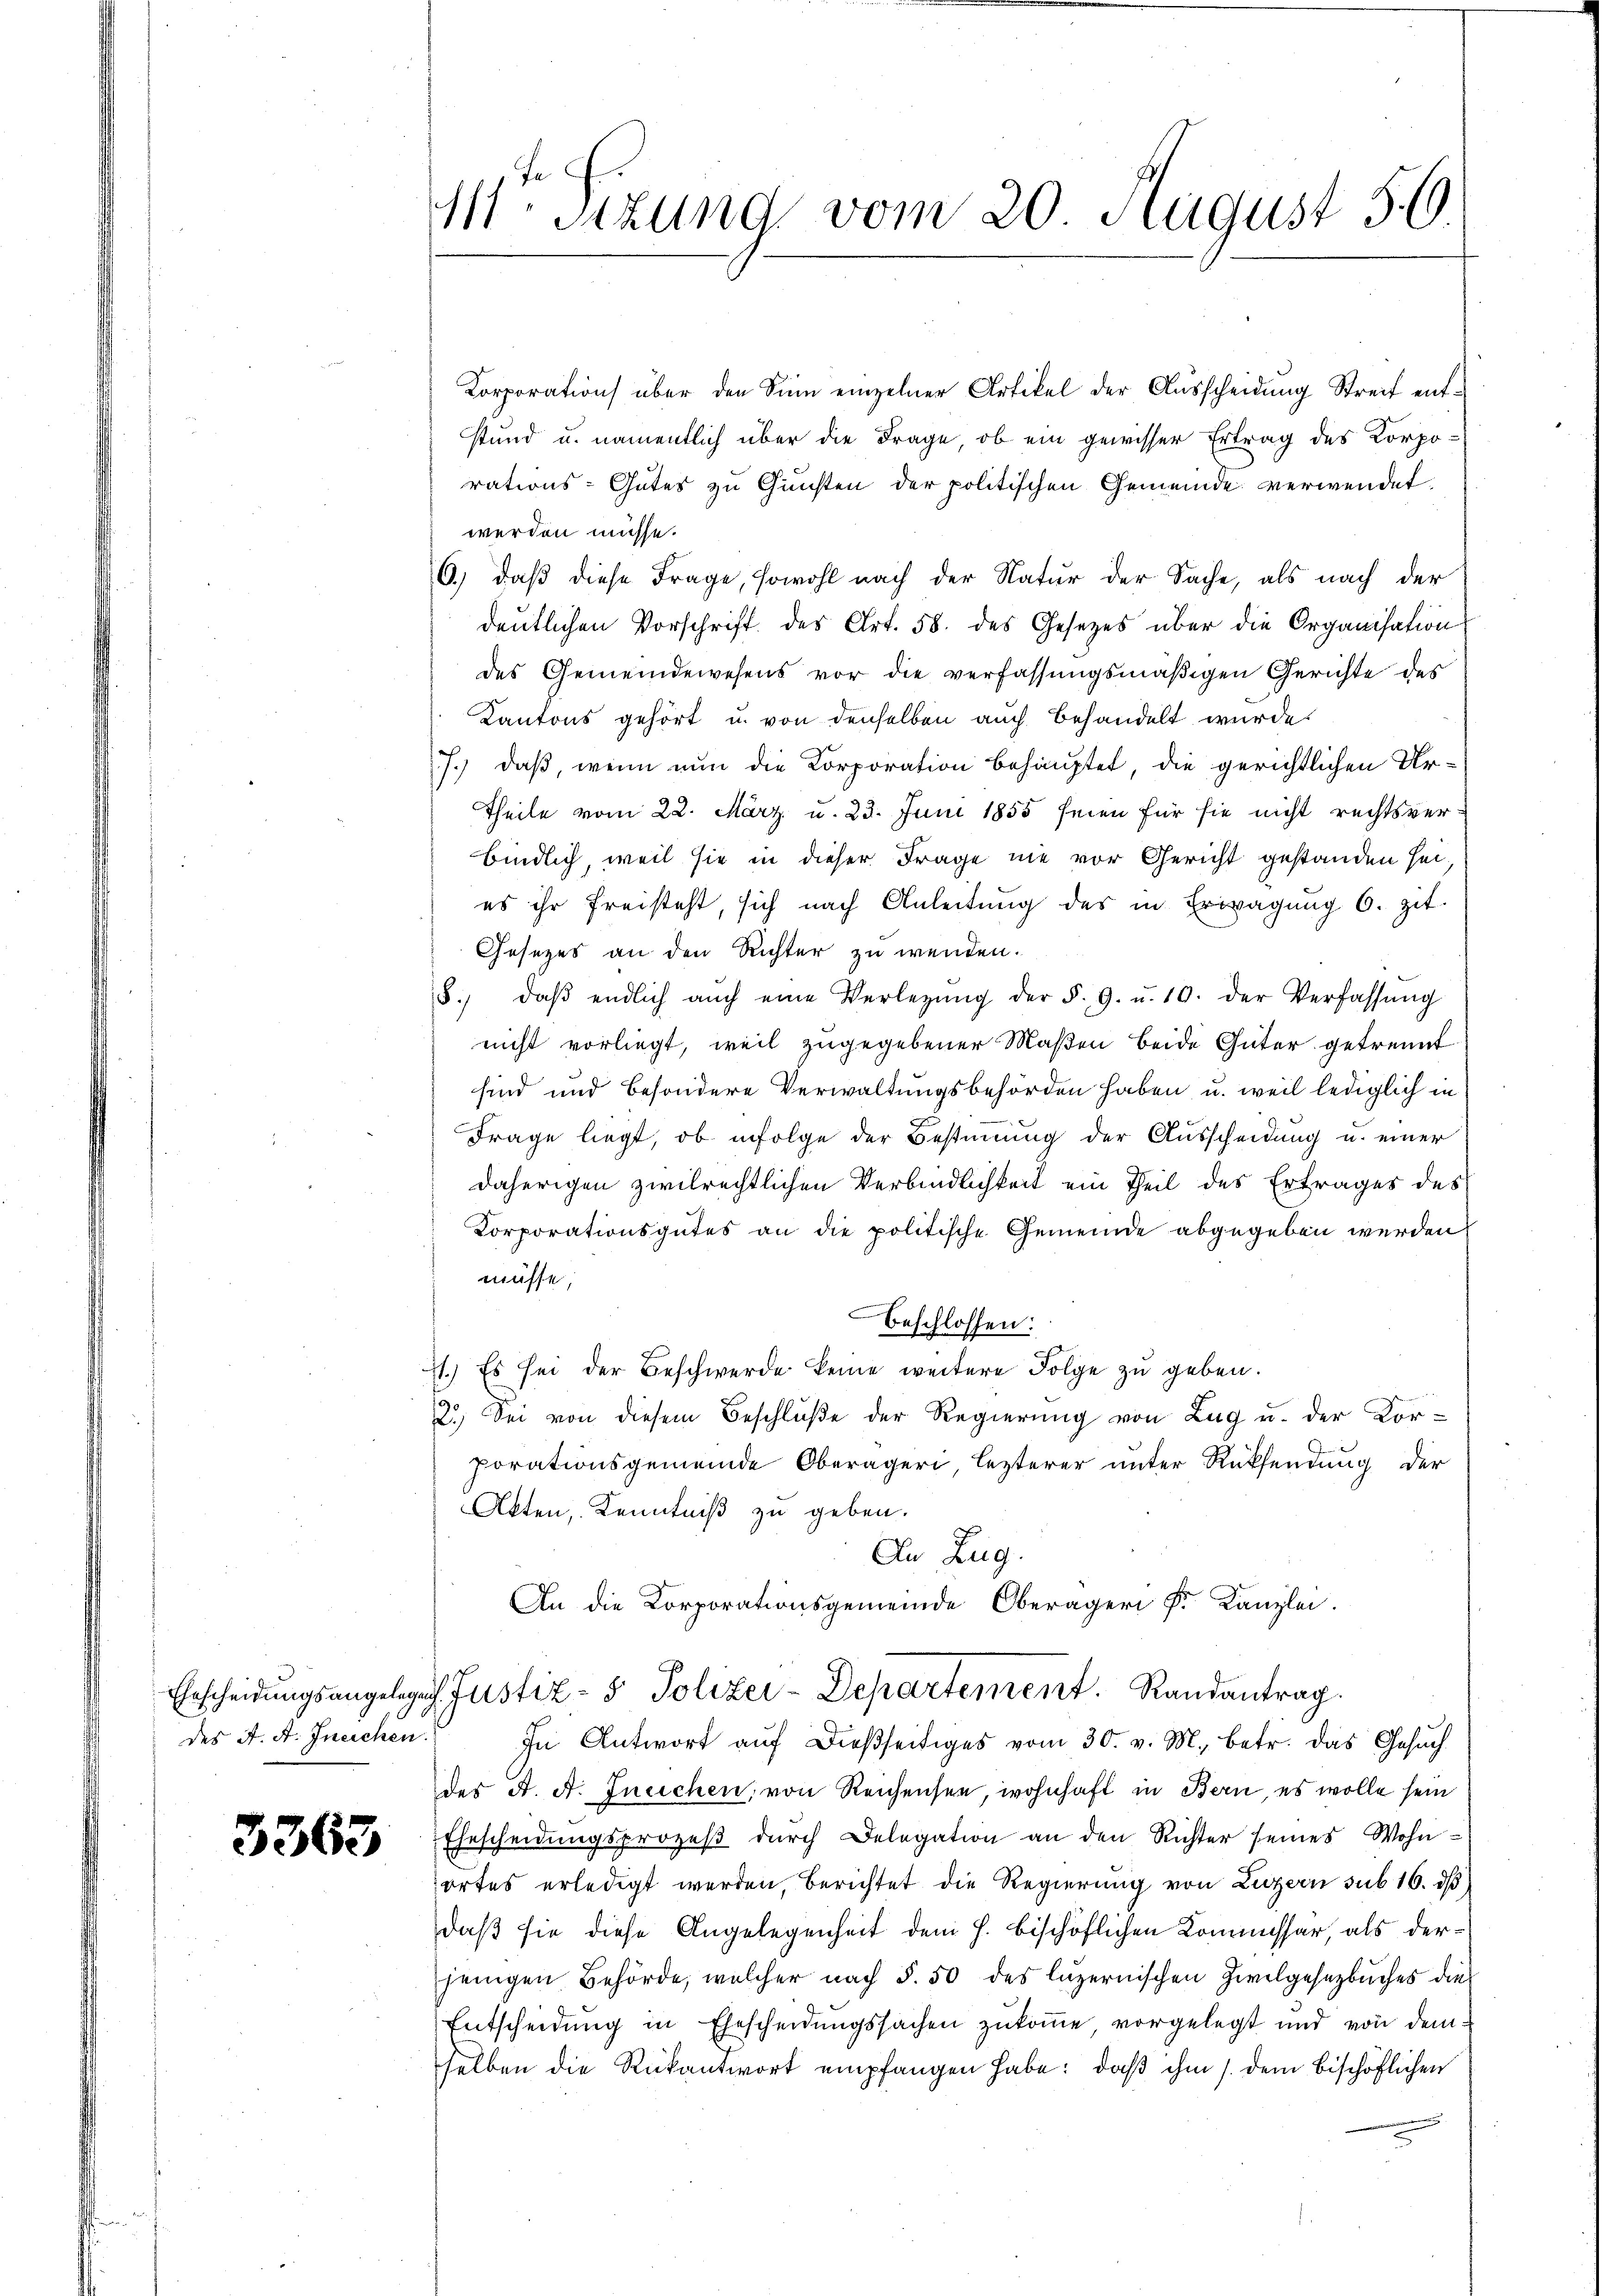
des A. A. Ineichen.

3363

MStzung vom 20. August 56

Korporation über den Sinn einzelner Artikel der Ausscheidung Streit entstund u. namentlich über die Frage, ob ein gewisser Ertrag des Korporations-Gutes zu Gunsten der politischen Gemeinde verwendet
werden müsse.
6.) daß diese Frage, sowohl nach der Natur der Sache, als nach der
deutlichen Vorschrift des Art. 58. des Gesetzes über die Organisation
des Gemeindewesens vor die verfassungsmäßigen Gerichte des
Kantons gehört u. von denselben auch behandelt wurde.
7.) daß, wenn nun die Korporation behauptet, die gerichtlichen Ur¬
Theile vom 22. März u. 23. Juni 1855 seien für sie nicht rechtsverbindlich, weil sie in dieser Frage nie vor Gericht gestanden sei,
es ihr freisteht, sich nach Anleitung des in Erwägung 6. zit.
Gesezes an den Richter zu wenden.
8., daβ endlich aŭch eine Verlegŭng der §. 9. u. 10. der Verfassŭng
nicht vorliegt, weil zugegebener Maßen beide Güter getrennt
sind und besondere Verwaltungsbehörden haben, u. weil lediglich in
Frage liegt, ob infolge der Bestimmung der Ausscheidung u. einer
daherigen zivilrechtlichen Verbindlichkeit ein Theil des Ertrages des
Corporationsgutes an die politische Gemeinde abgegeben werden
müsse;
Beschlossen:
71.) Es sei der Beschwerde keine weitere Folge zu geben.
2.) Sei von diesem Beschluße der Regierung von Zug u. der Korporationsgemeinde Oberägeri lezterer unter Rücksendung der
Akten, Kenntniß zu geben.
An Zug.
An die Korporationsgemeinde Oberäger Fr. Kanzlei.
Erscheidungsangelegen Justiz- & Polizei-Departement. Randantrag
In Antwort aŭf dießseitiges vom 30. v. M., betr. das Gesuch
des A. A. Ineichen, von Reichensee, wohnhaft in Bern, es wolle sein
Ehescheidŭngsprozeβ dŭrch Delegation an den Richter seines Wohn-
ortes erledigt werden, berichtet die Regierung von Luzern sub 16. d
daß sie diese Angelegenheit dem h. bischöflichen Kommissar, als derjenigen Behörde, welcher nach §. 50 des luzernischen Zivilgesetzbuches die
Entscheidung in Ehescheidungssachen zukomme vorgelegt und von demselben die Rükantwort empfangen habe: daß ihm /. dem bischöflichen